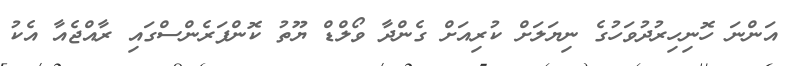
އަންނަ ހޮނިހިރުދުވަހުގެ ނިޔަލަށް ކުރިއަށް ގެންދާ ވޯލްޑް ޔޫތު ކޮންފަރެންސްގައި ރާއްޖެއާ އެކު